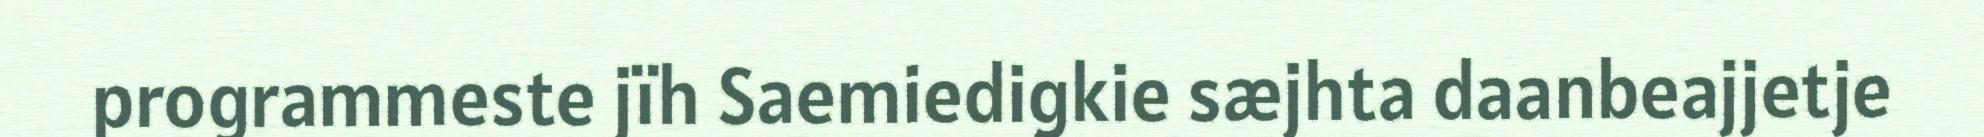
programmeste jïh Saemiedigkie sæjhta daanbeajjetje